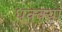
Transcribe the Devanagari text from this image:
धक्क्या